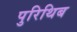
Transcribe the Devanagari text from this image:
पुरिथिब